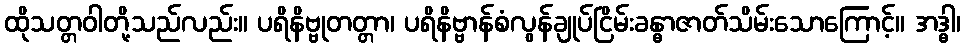
ထိုသတ္တဝါတို့သည်လည်း။ ပရိနိဗ္ဗုတတ္တာ၊ ပရိနိဗ္ဗာန်စံလွန်ချုပ်ငြိမ်းခန္ဓာဇာတ်သိမ်းသောကြောင့်။ အဒ္ဓါ၊